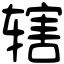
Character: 辖